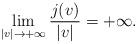
LaTeX: \begin{align*} \lim_{|v| \rightarrow +\infty} \frac{j(v)}{|v|} = +\infty.\end{align*}